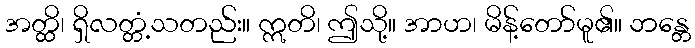
အတ္ထိ၊ ရှိလတ္တံ့သတည်း။ ဣတိ၊ ဤသို့။ အာဟ၊ မိန့်တော်မူ၏။ ဘန္တေ